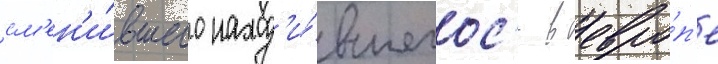
см'ен'и́вшего наход'и́вшегос'я в евро́п'е